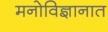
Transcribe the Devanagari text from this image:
मनोविज्ञानात